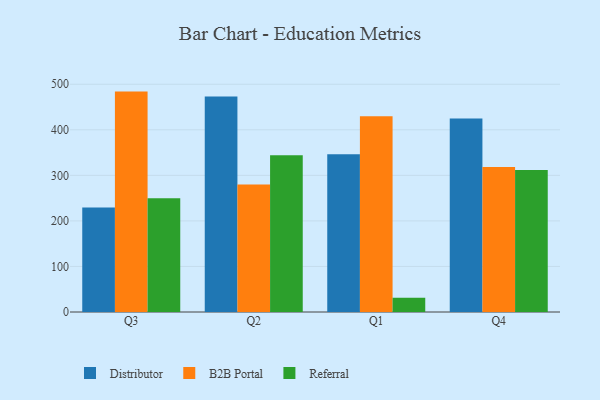
{"axis": {"x": "Quarter", "y": "Churn Rate (%)"}, "legend": ["B2B Portal", "Distributor", "Referral"], "data": [{"x": "Q3", "y": 229.6, "type": "Distributor"}, {"x": "Q3", "y": 483.9, "type": "B2B Portal"}, {"x": "Q3", "y": 249.7, "type": "Referral"}, {"x": "Q2", "y": 472.9, "type": "Distributor"}, {"x": "Q2", "y": 279.9, "type": "B2B Portal"}, {"x": "Q2", "y": 344.2, "type": "Referral"}, {"x": "Q1", "y": 346.1, "type": "Distributor"}, {"x": "Q1", "y": 429.9, "type": "B2B Portal"}, {"x": "Q1", "y": 31.2, "type": "Referral"}, {"x": "Q4", "y": 425.1, "type": "Distributor"}, {"x": "Q4", "y": 318.5, "type": "B2B Portal"}, {"x": "Q4", "y": 311.5, "type": "Referral"}]}